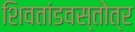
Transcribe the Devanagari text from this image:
शिवतांडवस्तोत्र